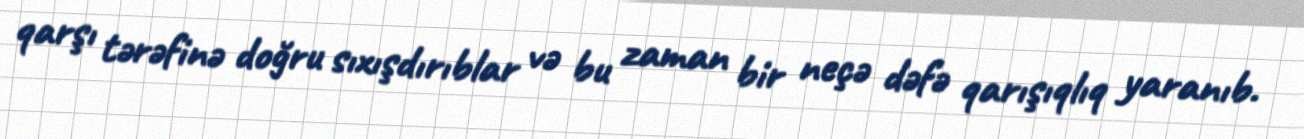
qarşı tərəfinə doğru sıxışdırıblar və bu zaman bir neçə dəfə qarışıqlıq yaranıb.